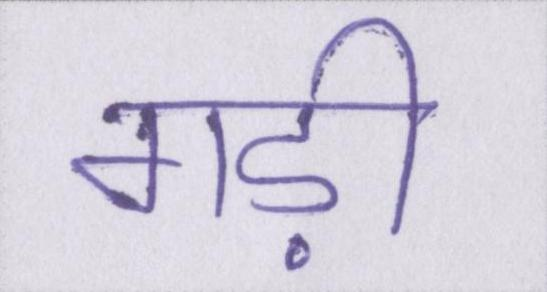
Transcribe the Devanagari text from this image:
गड़ी